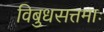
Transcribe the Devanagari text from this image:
विबुधसत्तमाः